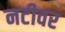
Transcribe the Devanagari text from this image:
नटीवर